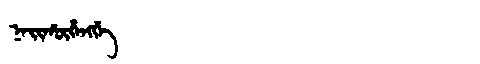
Manchu: ᠨᠠᡳᡥᡡᡥᠠᠩᡤᡝ
Romanization: NAIHŪHANGGE